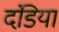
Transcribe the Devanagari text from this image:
दंडिया